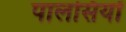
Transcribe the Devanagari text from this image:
पालसियों